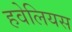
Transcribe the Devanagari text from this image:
हवेलियस